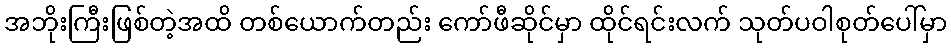
အဘိုးကြီးဖြစ်တဲ့အထိ တစ်ယောက်တည်း ကော်ဖီဆိုင်မှာ ထိုင်ရင်းလက် သုတ်ပဝါစုတ်ပေါ်မှာ